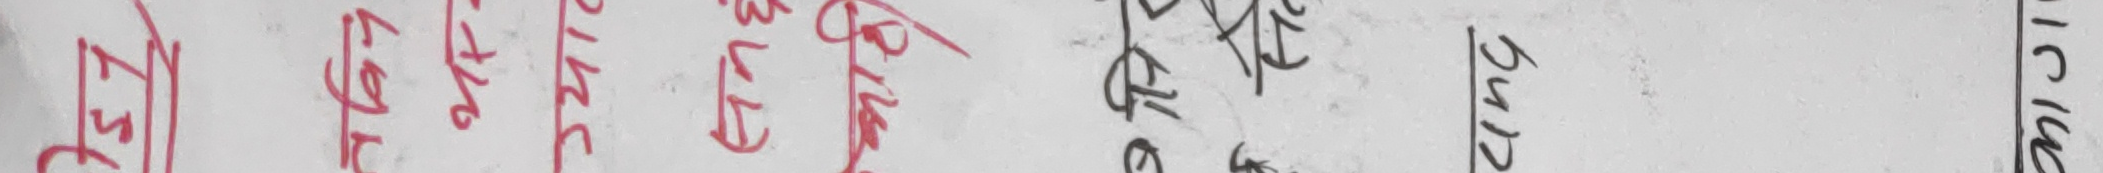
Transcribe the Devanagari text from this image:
जेट
CFL
ट्युब लाइट
LED
बल्ब
१९२
५८
पैल
५१२
IC
१५